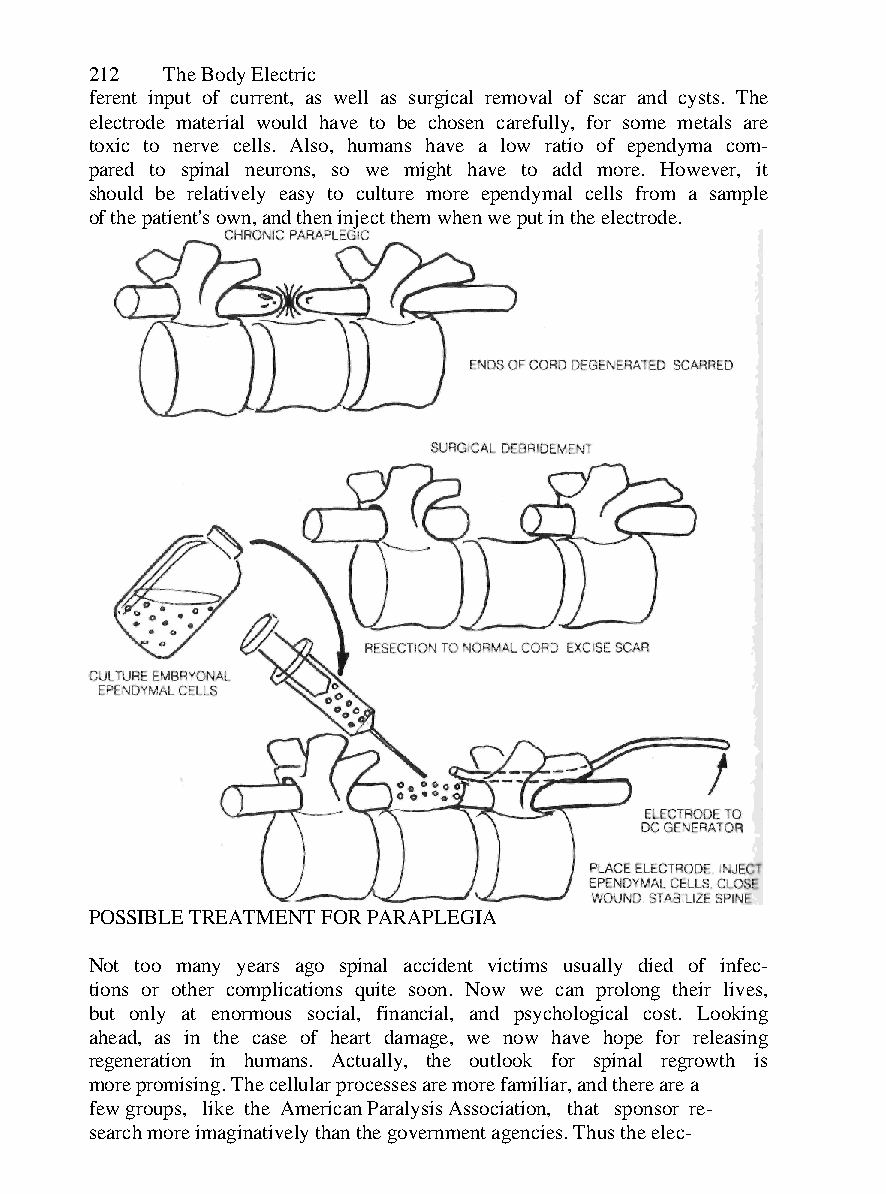
212  The Body Electric
 ferent input of current, as well as surgical removal of scar and cysts. The
 electrode material would have to be chosen carefully, for some metals are
 toxic to nerve cells. Also, humans have a low ratio of ependyma com-
 pared to spinal neurons, so we might have to add more. However, it
 should be relatively easy to culture more ependymal cells from a sample
 of the patient's own, and then inject them when we put in the electrode.
 POSSIBLE TREATMENT FOR PARAPLEGIA
 Not too many years ago spinal accident victims usually died of infec-
 tions or other complications quite soon. Now we can prolong their lives,
 but only at enormous social, financial, and psychological cost. Looking
 ahead, as in the case of heart damage, we now have hope for releasing
 regeneration in humans. Actually, the outlook for spinal regrowth is
 more promising. The cellular processes are more familiar, and there are a
 few groups, like the American Paralysis Association, that sponsor re-
 search more imaginatively than the government agencies. Thus the elec-